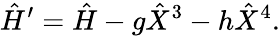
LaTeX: \hat{H}^{\prime}=\hat{H}-g\hat{X}^{3}-h\hat{X}^{4}.